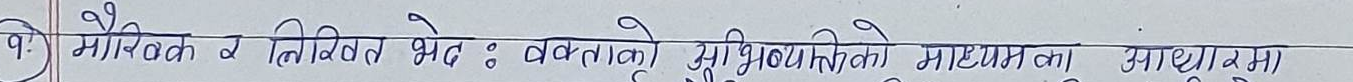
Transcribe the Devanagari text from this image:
9. मौलिक र निविदित भेद : वक्ताको अभिव्यक्ति माध्यमका आधारमा